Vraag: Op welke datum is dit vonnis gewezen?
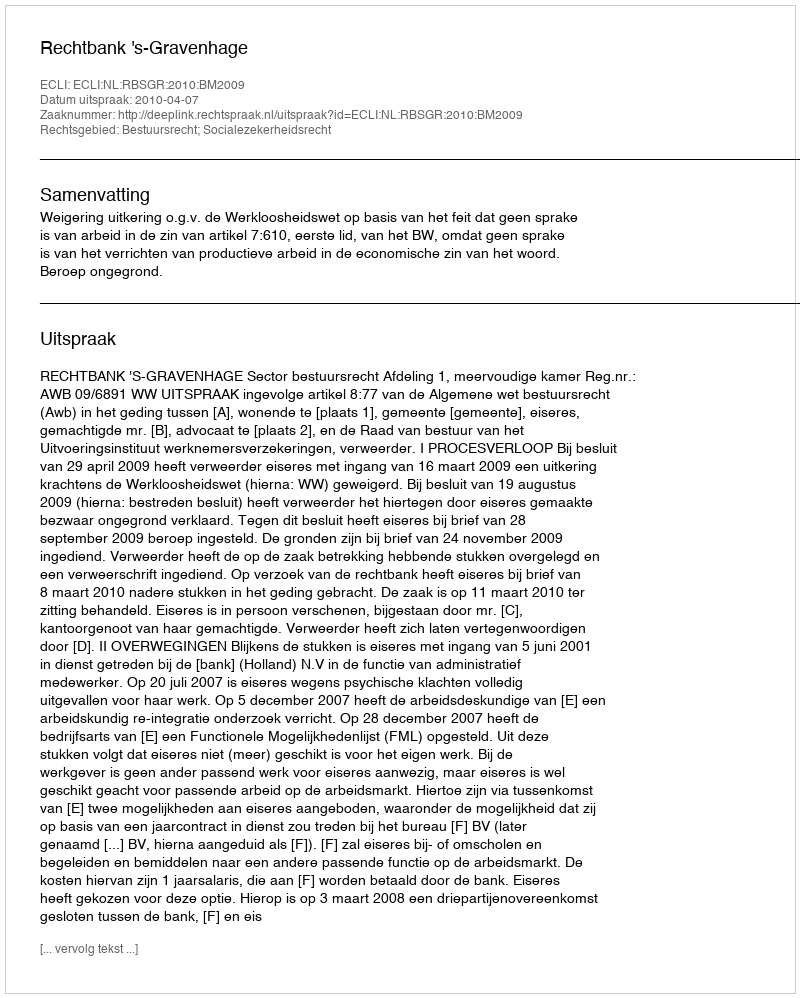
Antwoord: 2010-04-07